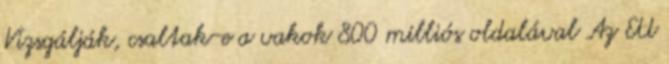
Vizsgálják, csaltak-e a vakok 800 milliós oldalával Az EU